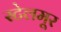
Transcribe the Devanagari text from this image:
स्टेलमूर